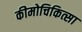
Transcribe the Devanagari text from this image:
कीमोचिकित्सा